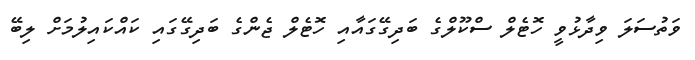
ވަތުސަލަ ވިދާޅުވީ ހޮޓެލް ސްކޫލްގެ ބަދިގޭގައާއި ހޮޓެލް ޖެންގެ ބަދިގޭގައި ކައްކައިލުމަށް ލިބޭ